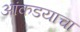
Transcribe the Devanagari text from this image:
आंकडयाचा